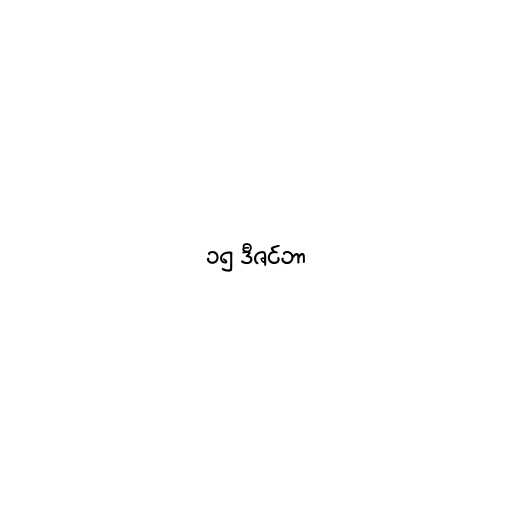
၁၅ ဒီဇင်ဘာ